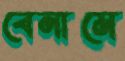
বেনামে